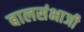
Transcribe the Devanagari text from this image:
बालसंभाजी